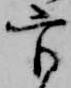
官